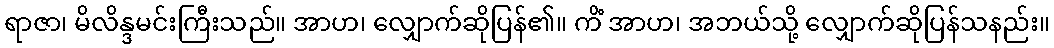
ရာဇာ၊ မိလိန္ဒမင်းကြီးသည်။ အာဟ၊ လျှောက်ဆိုပြန်၏။ ကိံ အာဟ၊ အဘယ်သို့ လျှောက်ဆိုပြန်သနည်း။